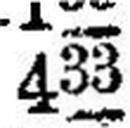
433